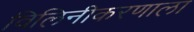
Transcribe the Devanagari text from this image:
विलिनीकरणाला